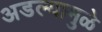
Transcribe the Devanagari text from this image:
अडल्यामुळे